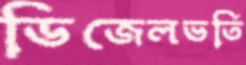
ডিজেলভর্তি